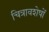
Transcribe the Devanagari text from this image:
चित्रावशेषों